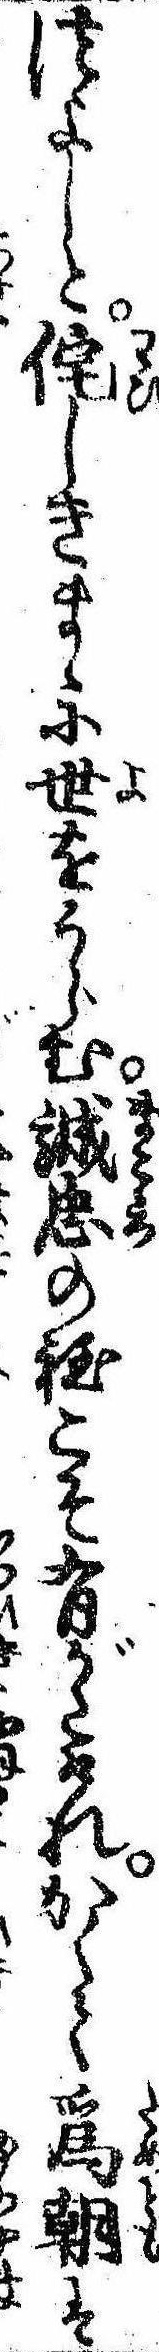
つよしと侘しきまゝに世をうらむ誠心の程こそ有がたけれかくて為朝は